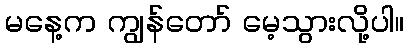
မနေ့က ကျွန်တော် မေ့သွားလို့ပါ။